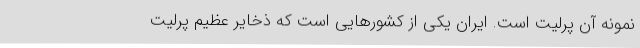
نمونه آن پرلیت است. ایران یکی از کشورهایی است که ذخایر عظیم پرلیت